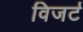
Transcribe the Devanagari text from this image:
विजर्ट